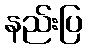
နည်းပြ